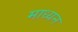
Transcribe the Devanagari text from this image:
माध्यन